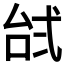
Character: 𱎔